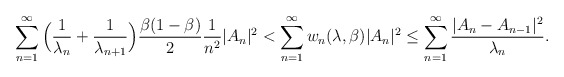
\begin{align*}{}\displaystyle\sum_{n=1}^{\infty}\Big(\frac{1}{\lambda_{n}}+\frac{1}{\lambda_{n+1}}\Big)\frac{\beta(1-\beta)}{2}\frac{1}{n^{2}}|A_{n}|^{2}&<\displaystyle\sum_{n=1}^{\infty}w_{n}(\lambda,\beta) |A_{n}|^{2}\leq\displaystyle\sum_{n=1}^{\infty}\frac{|A_{n}-A_{n-1}|^{2}}{\lambda_{n}}.\end{align*}